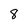
Character: 8